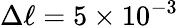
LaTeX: \Delta\ell=5\times 10^{-3}